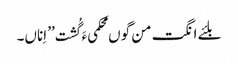
بلئے انگت من گوں محکمیءَ گُشت ’’ اِناں۔